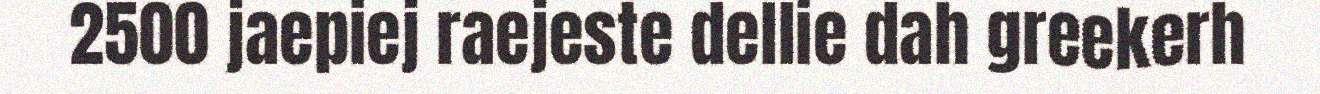
2500 jaepiej raejeste dellie dah greekerh